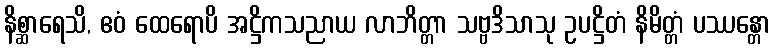
နိစ္ဆာရေသိ, ဧဝံ ထေရောပိ အဋ္ဌိကသညာယ လာဘိတ္တာ သဗ္ဗဒိသာသု ဥပဋ္ဌိတံ နိမိတ္တံ ပဿန္တော